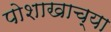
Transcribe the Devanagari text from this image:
पोशाखाच्या